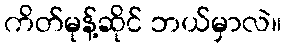
ကိတ်မုန့်ဆိုင် ဘယ်မှာလဲ။